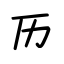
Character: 历